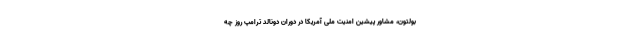
بولتون، مشاور پیشین امنیت ملی آمریکا در دوران دونالد ترامپ روز چه